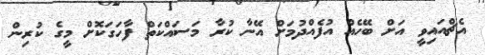
އެޗްއައިވީ އަށް ބޭހެއް އުފެއްދުމަށް އޭނާ ކުރާ މަސައްކަތް ފާހަގަކޮށް މީގެ ކުރިން